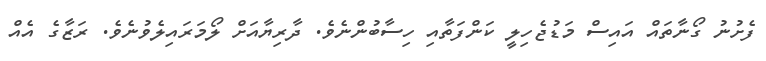
ފެށުނު ގޯނާތައް އައިސް މަޑުޖެހިލީ ކަންފަތާއި ހިސާބުންނެވެ. ދާރިޔާއަށް ލޯމަރައިލެވުނެވެ. ރަޒާގެ އެއް